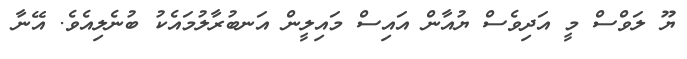
ޔޫ ލަވްސް މީ އަދިވެސް ޔުއާން އައިސް މައިލީން އަނބުރާލުމައެކު ބުނެލިއެވެ. އޭނާ